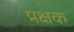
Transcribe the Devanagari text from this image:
प्रक्षक